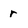
Character: r